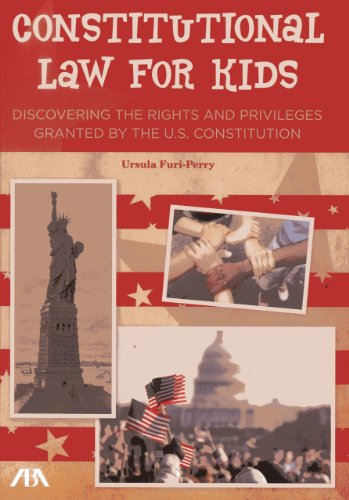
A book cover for Constitutional Law for Kids: Discovering the Rights and Privileges Granted by the U.S. Constitution; Ursula Furi-Perry; Children's Books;